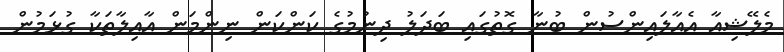
މެލޭޝިއާ އެއާލައިންސުން ބުނާ ގޮތުގައި ބަދަލު ދިނުމުގެ ކަންކަން ނިންމަން އާއިލާތަކާ ގުޅަމުން